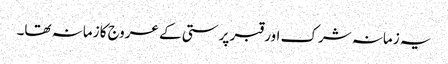
یہ زمانہ شرک اور قبر پرستی کے عروج کا زمانہ تھا۔